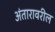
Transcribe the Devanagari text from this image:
अंतारावरील